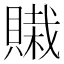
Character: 𰷊